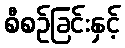
စီစဉ်ခြင်းနှင့်